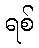
ရစ်